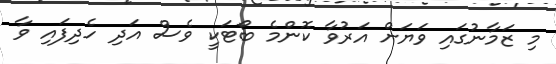
މި ޒަމާނުގައި ވަޔަށް އަރުވާ ކޮންމެ ބޯޓަކީ ވެސް އަދި ހެދިފައި ވާ